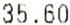
35.60